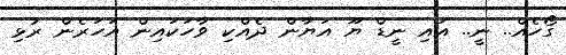
ގޯހެއް.. ނީ.. އައި ނީޑް ޔޫ އަޔާން ދެއްކި ވާހަކައިން އަހަރެން ރުޅި